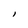
Character: l